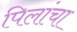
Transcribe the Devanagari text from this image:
पिलांचा